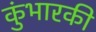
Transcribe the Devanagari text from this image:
कुंभारकी